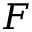
\boldsymbol { F }